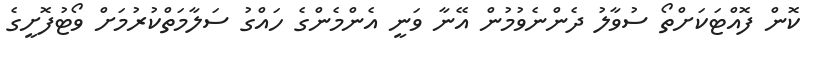
ކޮން ފޮއްޓަކަށްތޯ ސުވާލު ދެންނެވުމުން އޭނާ ވަނީ އެންމެންގެ ހައްގު ސަލާމަތްކުރުމަށް ވޯޓުފޮށީގެ